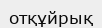
отқұйрық